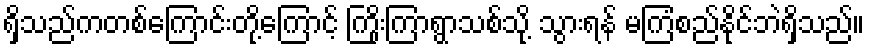
ရှိသည်ကတစ်ကြောင်းတို့ကြောင့် ကြိုးကြာရွာသစ်သို့ သွားရန် မကြံစည်နိုင်ဘဲရှိသည်။